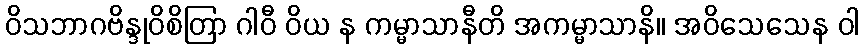
ဝိသဘာဂဗိန္ဒုဝိစိတြာ ဂါဝီ ဝိယ န ကမ္မာသာနီတိ အကမ္မာသာနိ။ အဝိသေသေန ဝါ